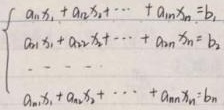
\[\begin{cases}a_{11}x_1 + a_{12}x_2+\cdots + a_{1n}x_n=b_1\\a_{21}x_1 + a_{22}x_2+\cdots + a_{2n}x_n=b_2\\\cdots\\a_{n1}x_1 + a_{n2}x_2+\cdots + a_{nn}x_n=b_n\end{cases}\]